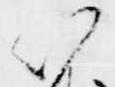
以